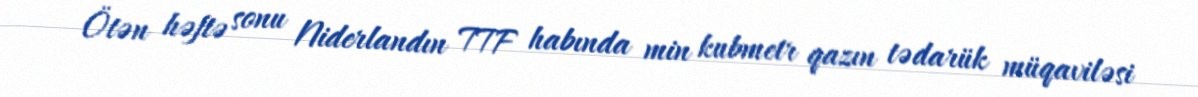
Ötən həftə sonu Niderlandın TTF habında min kubmetr qazın tədarük müqaviləsi